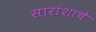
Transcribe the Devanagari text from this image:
सारांशाचे